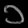
Digit: ၁